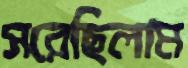
সরেছিলাম